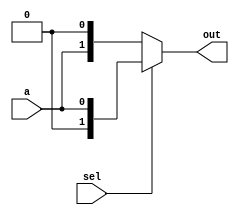

module demux_1x2(input a,input sel,output [0:1] out);

 assign out = sel? {1'b0,a} : {a,1'b0} ;
 
 
endmodule